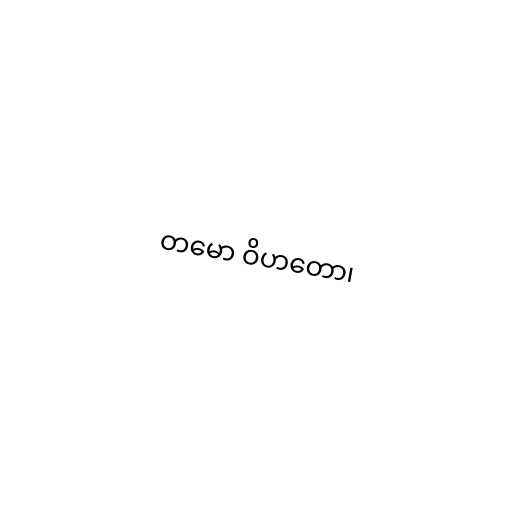
တမော ဝိဟတော၊